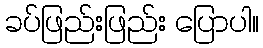
ခပ်ဖြည်းဖြည်း ပြောပါ။